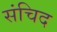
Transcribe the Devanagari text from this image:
संचिद